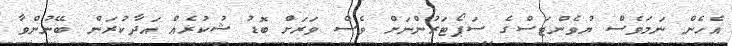
އެހެން ނަމަވެސް ޔުވެންޓަސްގެ ސަޕޯޓަރުންނަށް ވެސް ވަރަށް ބޮޑު ޝުކުރެއް އަދާކުރަން ބޭނުންވާ